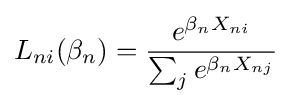
L_{ni}(\beta _{n})={\frac {e^{\beta _{n}X_{ni}}}{\sum _{j}e^{\beta _{n}X_{nj}}}}